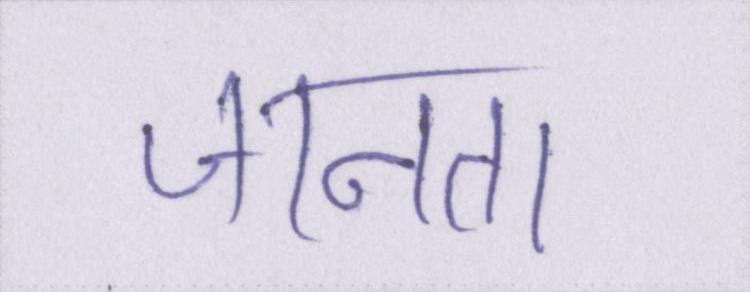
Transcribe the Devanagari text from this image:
जानता